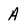
Character: A